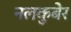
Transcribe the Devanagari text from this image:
नलकुबेर